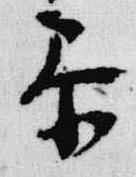
参